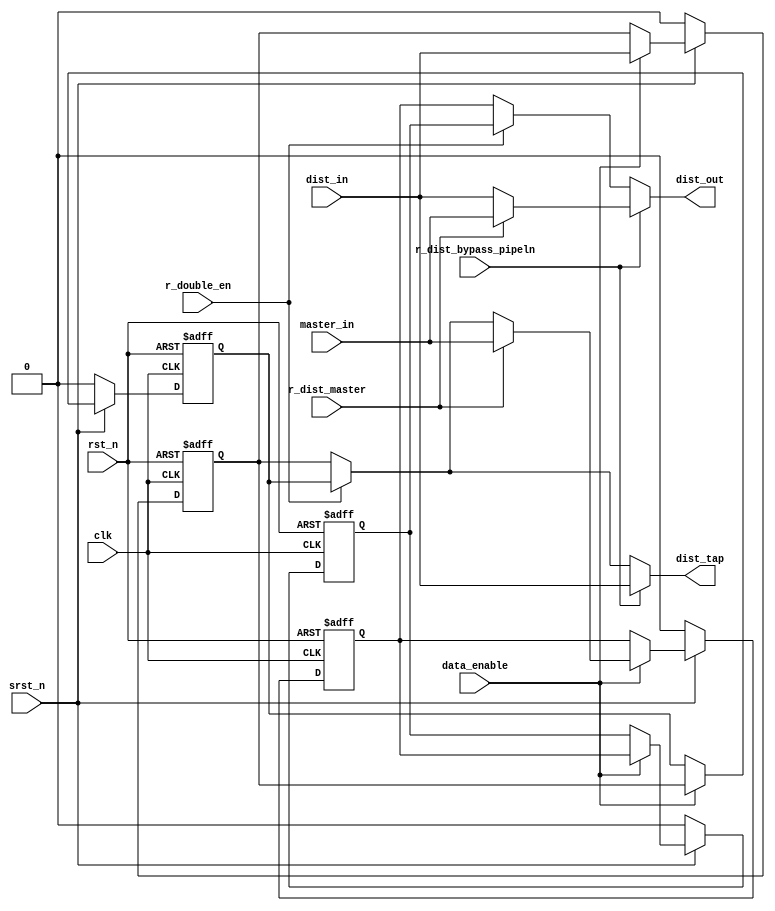
// SPDX-License-Identifier: Apache-2.0
// Copyright (C) 2019 Intel Corporation. 
//------------------------------------------------------------------------
// (C) 2009 Altera Corporation. .  
//
// Revision:    $Revision: #1 $
//------------------------------------------------------------------------
// Description: 
//
//------------------------------------------------------------------------


module c3aibadapt_cmn_cp_dist_dw
  #(
    parameter ASYNC_RESET_VAL = 'd0,   // Asynchronous reset value
    parameter WIDTH           = 'd1    // Control width
    )
    (
    input  wire                clk,                      // clock
    input  wire                rst_n,                    // async reset
    input  wire                srst_n,                   // sync reset
    input wire                 data_enable,              // data enable / data valid
    input  wire [WIDTH-1:0]    master_in,                // master control signal
    input  wire [WIDTH-1:0]    dist_in,                  // CP distributed signal in 
    input  wire                r_dist_master,            // CRAM to control master or distributed
    input  wire                r_dist_bypass_pipeln,     // CRAM combo or registered
    input  wire                r_double_en,              // CRAM double mode enable
    output  wire [WIDTH-1:0]   dist_out,                 // CP distributed signal out
    output  wire [WIDTH-1:0]   dist_tap                  // CP output for this channel
     );

   reg [WIDTH-1:0]          dist_1;
   reg [WIDTH-1:0]          dist_2;
   reg [WIDTH-1:0]          dist_1_reg;
   reg [WIDTH-1:0]          dist_2_reg;

   reg [WIDTH-1:0]          dist_1_in;
   reg [WIDTH-1:0]          dist_2_in;
   reg [WIDTH-1:0]          dist_1_out;
   reg [WIDTH-1:0]          dist_2_out;
   reg [WIDTH-1:0]          dist_1_reg_in;
   reg [WIDTH-1:0]          dist_2_reg_in;


   // module outputs
   assign  dist_tap = dist_1_out;
   assign  dist_out = dist_2_out;
   
   
   always @*
     begin
        // default FF inputs to FF outputs
        dist_1_in = dist_1;
        dist_2_in = dist_2;

        dist_1_reg_in = dist_1_reg;
        dist_2_reg_in = dist_2_reg;

        // default stage outputs to FF outputs
        dist_1_out = dist_1;
        dist_2_out = dist_2;

        // set FF inputs
        if (data_enable)
          begin
             dist_1_in = dist_in;
             dist_1_reg_in = dist_1;
             dist_2_reg_in = dist_2;
             if (r_dist_master)
               begin
                  dist_2_in = master_in;
               end
             else
               begin
                  dist_2_in = r_double_en ? dist_1_reg : dist_1;
               end
          end // if (data_enable)
        
        // set stage outputs
        if (r_dist_bypass_pipeln)
          begin
             dist_1_out = dist_in;
             if (r_dist_master)
               begin
                  dist_2_out = master_in;
               end
             else
               begin
                  dist_2_out = dist_1_out;
               end
          end // if (r_dist_bypass_pipeln)
        else if (r_double_en)
          begin
             dist_1_out = dist_1_reg;
             dist_2_out = dist_2_reg;
          end
        else
          begin
             dist_1_out = dist_1;
             dist_2_out = dist_2;
          end
          

     end // always @ *
      
   
   always @(negedge rst_n or posedge clk)
     begin
        if (~rst_n)
          begin
             dist_1 <= {WIDTH{ASYNC_RESET_VAL}};
             dist_1_reg	<= {WIDTH{ASYNC_RESET_VAL}};
             dist_2 <= {WIDTH{ASYNC_RESET_VAL}};
             dist_2_reg	<= {WIDTH{ASYNC_RESET_VAL}};
          end
        else if (~srst_n)
          begin
             dist_1 <= {WIDTH{ASYNC_RESET_VAL}};
             dist_1_reg	<= {WIDTH{ASYNC_RESET_VAL}};
             dist_2 <= {WIDTH{ASYNC_RESET_VAL}};
             dist_2_reg	<= {WIDTH{ASYNC_RESET_VAL}};
          end
        else 
          begin
             dist_1 <= dist_1_in;
             dist_1_reg <= dist_1_reg_in;
             dist_2 <= dist_2_in;
             dist_2_reg <= dist_2_reg_in;
          end
     end // always @ (negedge rst_n or posedge clk)

   
endmodule // c3aibadapt_cmn_cp_dist